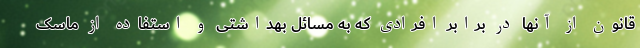
قانون از آنها در برابر افرادی که به مسائل بهداشتی و استفاده از ماسک